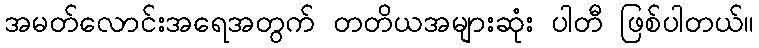
အမတ်လောင်းအရေအတွက် တတိယအများဆုံး ပါတီ ဖြစ်ပါတယ်။